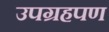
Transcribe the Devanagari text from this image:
उपग्रहपण